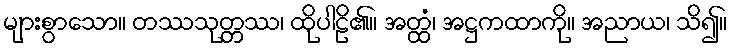
များစွာသော။ တဿသုတ္တဿ၊ ထိုပါဠိ၏။ အတ္ထံ၊ အဋ္ဌကထာကို။ အညာယ၊ သိ၍။